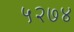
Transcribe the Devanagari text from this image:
५२७४